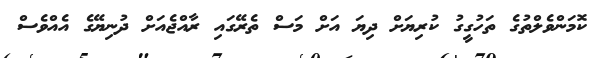
ކޮމަންވެލްތުގެ ތަހުގީގު ކުރިޔަށް ދިޔަ އަށް މަސް ތެރޭގައި ރާއްޖެއަށް ދުނިޔޭގެ އެއްވެސް